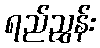
ရည်ညွှန်း